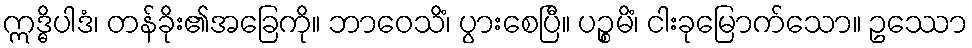
ဣဒ္ဓိပါဒံ၊ တန်ခိုး၏အခြေကို။ ဘာဝေသိံ၊ ပွားစေပြီ။ ပဉ္စမိံ၊ ငါးခုမြောက်သော။ ဥဿော